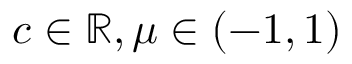
c \in \mathbb { R } , \mu \in ( - 1 , 1 )